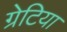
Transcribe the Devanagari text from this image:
ग्रेटिया